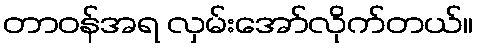
တာဝန်အရ လှမ်းအော်လိုက်တယ်။